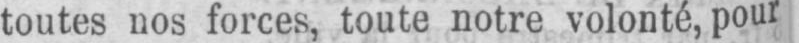
toutes nos forces, toute notre volonté, pour